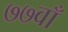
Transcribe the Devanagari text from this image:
७७वाँ